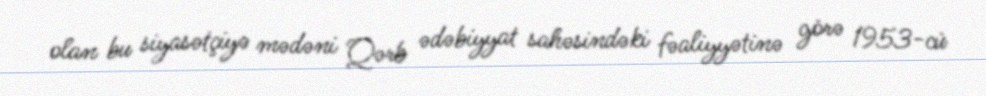
olan bu siyasətçiyə mədəni Qərb ədəbiyyat sahəsindəki fəaliyyətinə görə 1953-cü